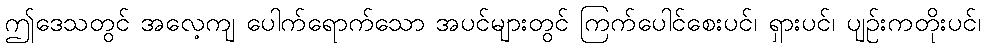
ဤဒေသတွင် အလေ့ကျ ပေါက်ရောက်သော အပင်များတွင် ကြက်ပေါင်စေးပင်၊ ရှားပင်၊ ပျဉ်းကတိုးပင်၊